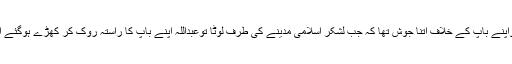
مگر عبداللہ بن عبداللہ بن ابی کواپنے باپ کے خلاف اتنا جوش تھا کہ جب لشکرِ اسلامی مدینے کی طرف لوٹا توعبداللہ اپنے باپ کا راستہ روک کر کھڑے ہوگئے اور کہنے لگے کہ خدا کی قسم!